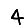
Digit: 4